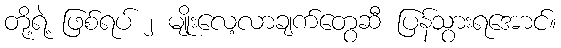
တို့ရဲ့ ဖြစ်ရပ် ၂ မျိုးလေ့လာချက်တွေဆီ ပြန်သွားရအောင်။